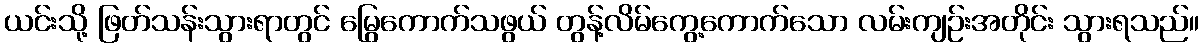
ယင်းသို့ ဖြတ်သန်းသွားရာတွင် မြွေကောက်သဖွယ် တွန့်လိမ်ကွေ့ကောက်သော လမ်းကျဉ်းအတိုင်း သွားရသည်။